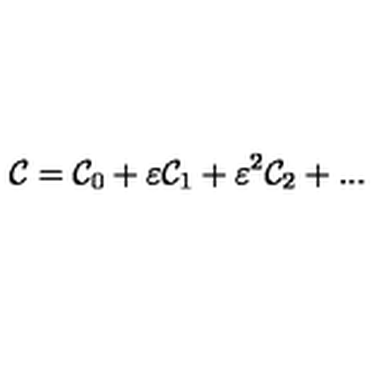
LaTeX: { \cal C } = { \cal C } _ { 0 } + \varepsilon { \cal C } _ { 1 } + \varepsilon ^ { 2 } { \cal C } _ { 2 } + . . .